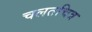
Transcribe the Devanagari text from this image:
चलतचित्र